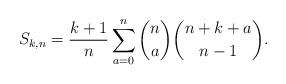
LaTeX: \begin{gather*}S_{k,n} = {\frac{k+1}{n}} \sum_{a=0}^{n} {\binom{n}{a}} {\binom{n+k+a}{n-1}}.\end{gather*}